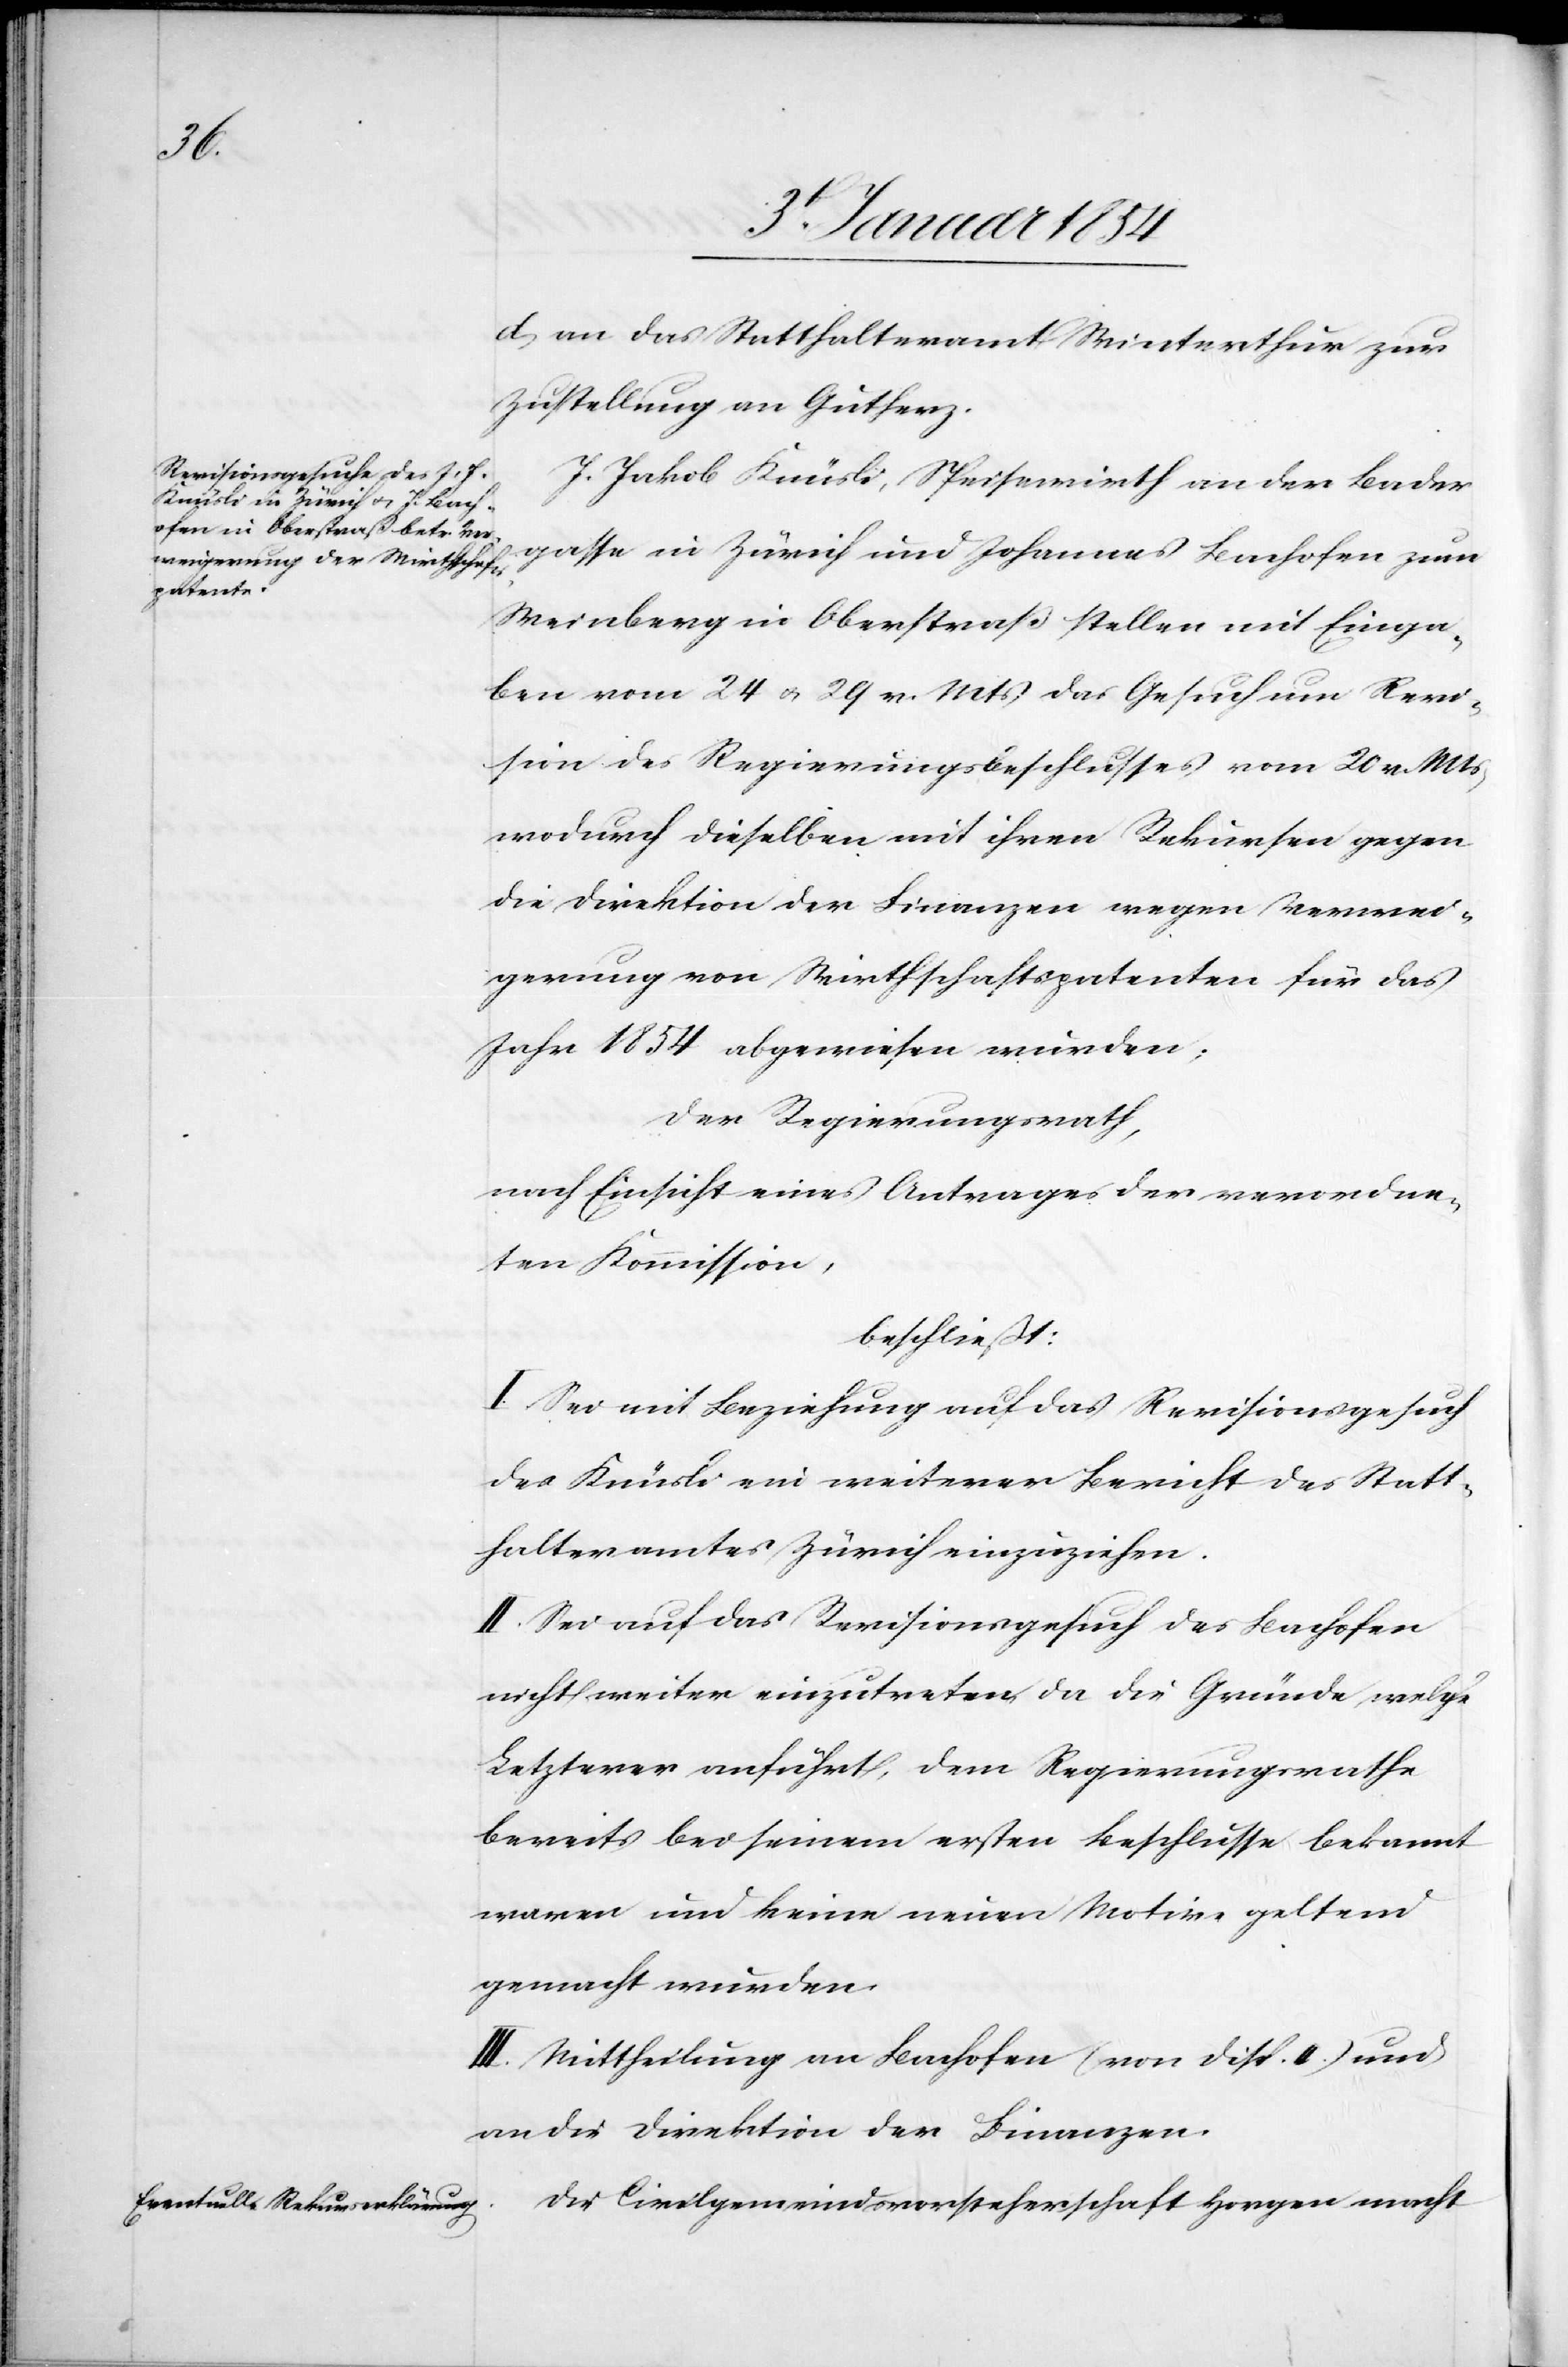
d) an das Statthalteramt Winterthur zur
Zustellung an Gutherz.
J. Jakob Knüsli, Speisewirth an der Bader¬
gasse in Zürich und Johannes Bachofen zum
Weinberg in Oberstraß stellen mit Einga¬
be vom 24 u. 29 v. Mts das Gesuch um Revi¬
sion des Regierungsbeschlusses vom 20 v. Mts,
wodurch dieselben mit ihren Rekursen gegen
die Direktion der Finanzen wegen Verwei¬
gerung von Wirthschaftspatenten für das
Jahr 1854 abgewiesen wurden;
der Regierungsrath,
nach Einsicht eines Antrages der verordne¬
ten Kommission,
beschließt:
I. Sei mit Beziehung auf das Revisionsgesuch
des Knüsli ein weiterer Bericht des Statt¬
halteramtes Zürich einzuziehen.
II. Sei auf das Revisionsgesuch des Bachofen
nicht weiter einzutreten da die Gründe welche
Letzterer anführt, dem Regierungsrathe
bereits bei seinem ersten Beschlusse bekannt
waren und keine neuen Motive geltend
gemacht wurden.
III. Mittheilung an Bachofen (von Disp. II.) und
an die Direktion der Finanzen.
Die Civilgemeindsvorsteherschaft Horgen macht